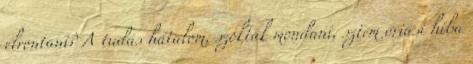
elrontani? A tudás hatalom, szokták mondani, sztem óriási hiba